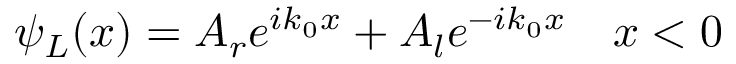
\psi _ { L } ( x ) = A _ { r } e ^ { i k _ { 0 } x } + A _ { l } e ^ { - i k _ { 0 } x } \quad x < 0